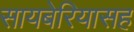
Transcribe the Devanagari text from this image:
सायबेरियासह